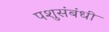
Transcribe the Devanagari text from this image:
पशुसंबंधी